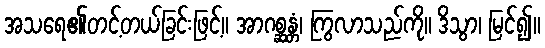
အသရေ၏တင့်တယ်ခြင်းဖြင့်။ အာဂစ္ဆန္တံ၊ ကြွလာသည်ကို။ ဒိသွာ၊ မြင်၍။